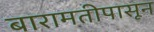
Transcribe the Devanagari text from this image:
बारामतीपासून